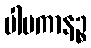
ပါပကာနဉ္စ